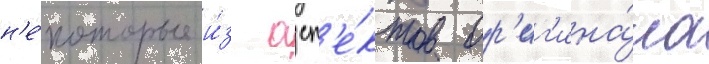
н'е́которые и́з асп'е́ктов ор'иг'ина́ла